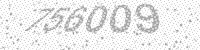
Solution: 756009